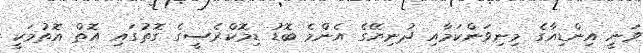
ވަނީ އިންޑިއާގެ މިނިވަންކަމާއި ދުނިޔޭގެ އެންމެ ބޮޑު ޑިމޮކްރެސީގެ ގޮތުގައި އޮތް އޮތުމަކީ